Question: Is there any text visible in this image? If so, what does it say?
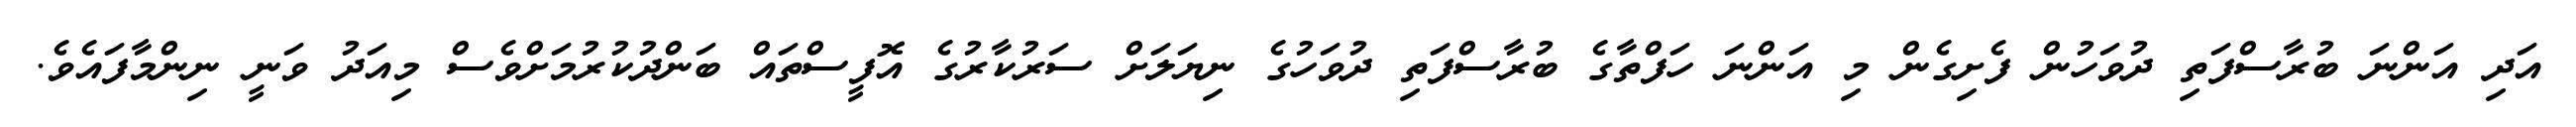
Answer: އަދި އަންނަ ބުރާސްފަތި ދުވަހުން ފެށިގެން މި އަންނަ ހަފްތާގެ ބުރާސްފަތި ދުވަހުގެ ނިޔަލަށް ސަރުކާރުގެ އޮފީސްތައް ބަންދުކުރުމަށްވެސް މިއަދު ވަނީ ނިންމާފައެވެ.